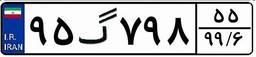
۹۵گ۷۹۸۵۵